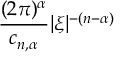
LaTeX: { \frac { ( 2 \pi ) ^ { \alpha } } { c _ { n , \alpha } } } | { \boldsymbol { \xi } } | ^ { - ( n - \alpha ) }